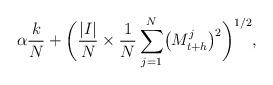
LaTeX: \begin{align*}\alpha\frac{k}{N}+\biggl(\frac{\vert I\vert}{N}\times\frac{1}{N}\sum_{j=1}^{N}\bigl(M_{t+h}^{j}\bigr)^{2}\biggr)^{1/2},\end{align*}